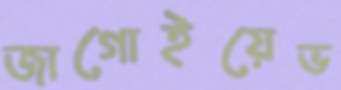
জাগোইয়েভ